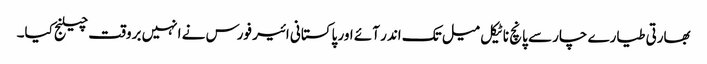
بھارتی طیارے چار سے پانچ ناٹیکل میل تک اندر آئے اور پاکستانی ائیر فورس نے انہیں بروقت چیلنج کیا۔